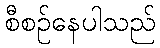
စီစဉ်နေပါသည်